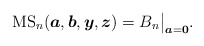
\begin{gather*}{\rm MS}_n({\boldsymbol{a}}, {\boldsymbol{b}}, {\boldsymbol{y}},{\boldsymbol{z}})= B_n \big |_{{\boldsymbol{a}}={\bf 0}}.\end{gather*}